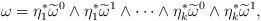
LaTeX: \begin{align*}\omega=\eta_1^{*}\widetilde\omega^0\wedge\eta_1^{*}\widetilde\omega^1\wedge\cdots\wedge\eta_k^{*}\widetilde\omega^0\wedge\eta_k^{*}\widetilde\omega^1,\end{align*}